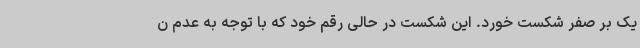
یک بر صفر شکست خورد. این شکست در حالی رقم خود که با توجه به عدم ن